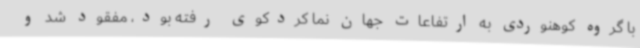
با گروه کوهنوردی به ارتفاعات جهان نما کردکوی رفته بود، مفقود شد و